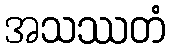
အသဿတံ